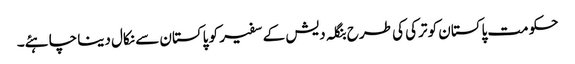
حکومت پاکستان کو ترکی کی طرح بنگلہ دیش کے سفیر کو پاکستان سے نکال دینا چاہئے۔